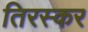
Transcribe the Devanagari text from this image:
तिरस्कर